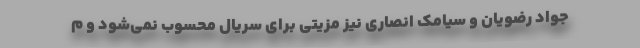
جواد رضویان و سیامک انصاری نیز مزیتی برای سریال محسوب نمی‌شود و م